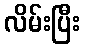
လိမ်းပြီး